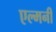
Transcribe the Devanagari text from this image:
एल्मनी